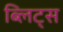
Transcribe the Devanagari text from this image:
ब्लिट्स